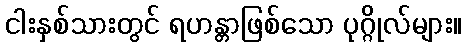
ငါးနှစ်သားတွင် ရဟန္တာဖြစ်သော ပုဂ္ဂိုလ်များ။